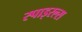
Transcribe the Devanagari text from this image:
स्पाइरल्स